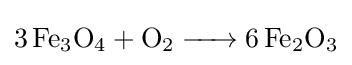
{\ce {3 Fe3O4 + O2 -> 6 Fe2O3}}